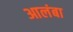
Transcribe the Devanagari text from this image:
आलंबा